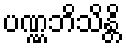
ပဏ္ဏဘိသိန္တိ